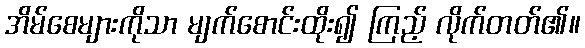
အိမ်စေများကိုသာ မျက်စောင်းထိုး၍ ကြည့် လိုက်တတ်၏။